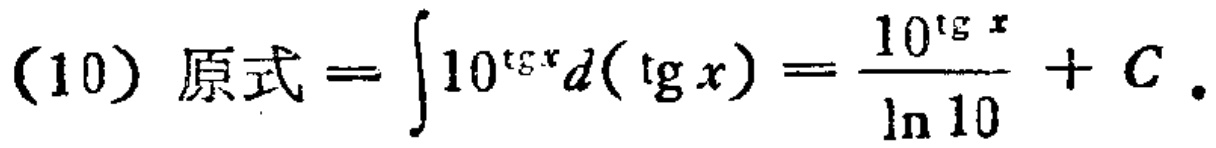
(10) 原式 \(=\int 10^{\tg x}d(\tg x)=\frac{10^{\tg x}}{\ln 10}+C\).